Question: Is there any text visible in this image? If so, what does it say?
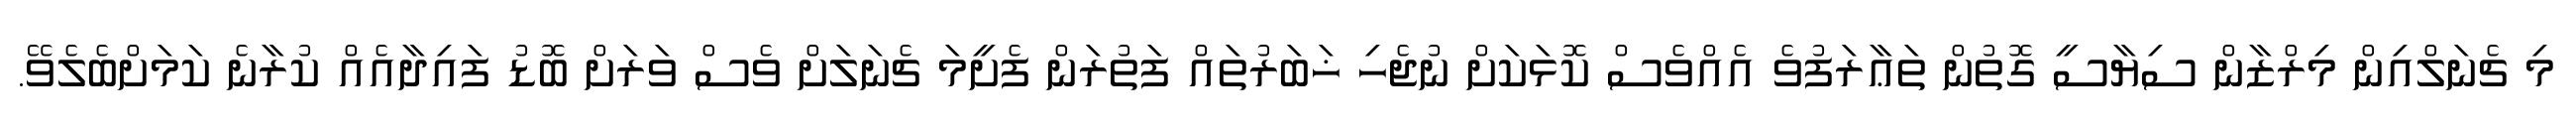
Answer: މި ޗެނަލްއިން މިރްޒާން ސިޔާސީ ގޮތުން ތަޢާރަފުވެ އެއްވެސް ކޮޅަކަށް ނުޖެހި ޚަބަރުތައް ފަތުރަން ފެށީމަ ޗެނަލަށް ވެސް ވަރަށް ބޮޑު ފައިދާއެއް ކުރާނެ ކަމަށްބެލެވޭ.